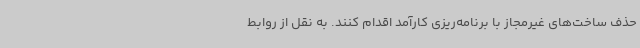
حذف ساخت‌های غیرمجاز با برنامه‌ریزی کارآمد اقدام کنند. به نقل از روابط